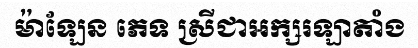
ម៉ាឡែន ភេទ ស្រីជាអក្សរឡាតាំង